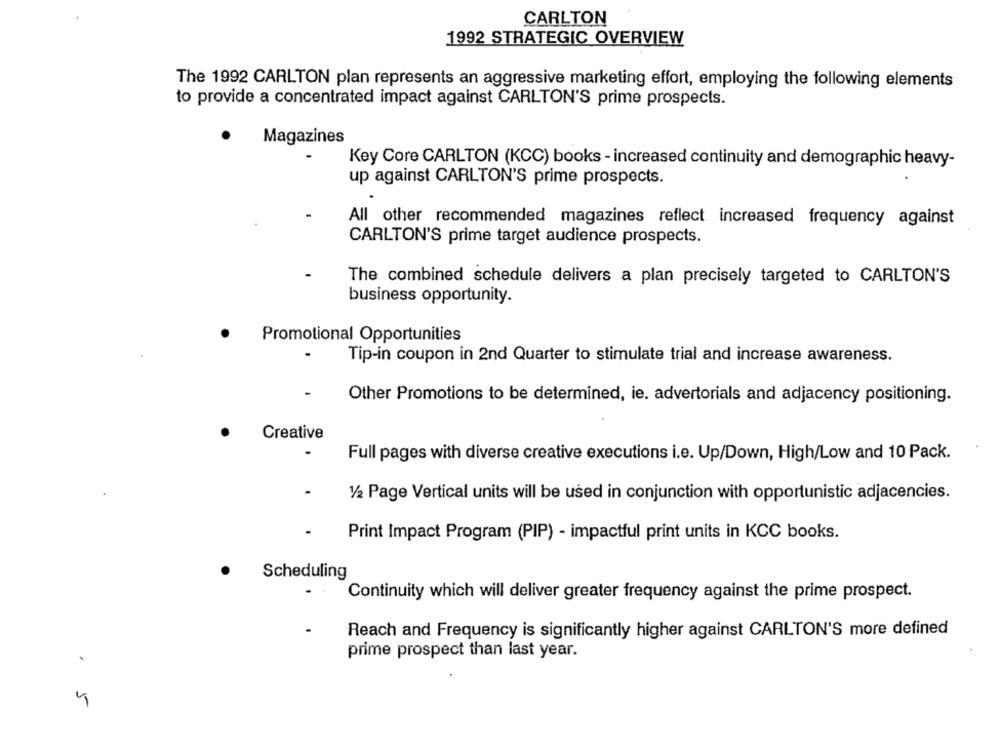
CARLTON
1992 STRATEGIC OVERVIEW
The 1992 CARLTON plan represents an aggressive marketing effort, employing the following elements
to provide a concentrated impact against CARLTON'S prime prospects.
Magazines
Key Core CARLTON (KCC) books - increased continuity and demographic heavy-
up against CARLTON'S prime prospects.
All other recommended magazines reflect increased frequency against
CARLTON'S prime target audience prospects.
The combined schedule delivers a plan precisely targeted to CARLTON'S
business opportunity.
Promotional Opportunities
Tip-in coupon in 2nd Quarter to stimulate trial and increase awareness.
-
Other Promotions to be determined, ie. advertorials and adjacency positioning.
Creative
Full pages with diverse creative executions i.e. Up/Down, High/Low and 10 Pack.
1/2 Page Vertical units will be used in conjunction with opportunistic adjacencies.
Print Impact Program (PIP) - impactful print units in KCC books.
Scheduling
Continuity which will deliver greater frequency against the prime prospect.
Reach and Frequency is significantly higher against CARLTON'S more defined
prime prospect than last year.
.5